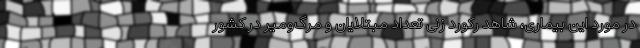
در مورد این بیماری، شاهد رکورد زنی تعداد مبتلایان و مرگ‌ومیر در کشور